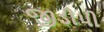
જીડીપી